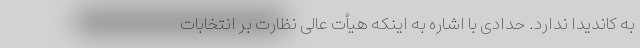
به کاندیدا ندارد. حدادی با اشاره به اینکه هیأت عالی نظارت بر انتخابات